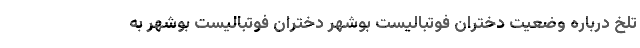
تلخ درباره وضعیت دختران فوتبالیست بوشهر دختران فوتبالیست بوشهر به